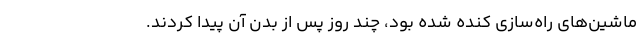
ماشین‌های راه‌سازی کَنده شده بود، چند روز پس از بدن آن پیدا کردند.